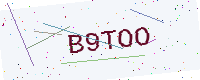
Text: B9TOO